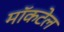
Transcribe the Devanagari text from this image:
मॉकटेल